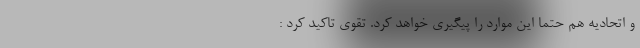
و اتحادیه هم حتما این موارد را پیگیری خواهد کرد. تقوی تاکید کرد :